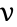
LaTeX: \upnu